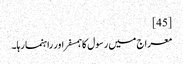
[45]
معراج میں رسول کا ہمسفر اور راہنما رہا۔